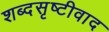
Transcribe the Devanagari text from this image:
शब्दसृष्टीवाद